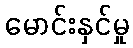
မောင်းနှင်မှု